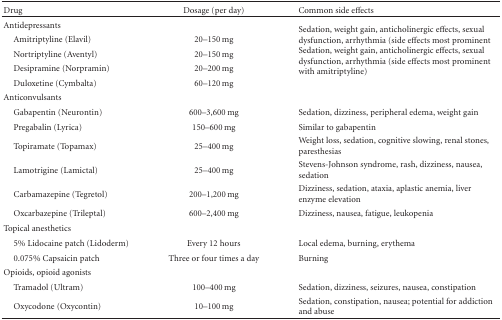
| Drug | Dosage (per day) | Common side effects |
 | --- | --- | --- |
 | Antidepressants |  | <ROWSPAN=5> Sedation, weight gain, anticholinergic effects, sexual dysfunction, arrhythmia (side effects most prominent Sedation, weight gain, anticholinergic effects, sexual dysfunction, arrhythmia (side effects most prominent with amitriptyline) |
 | Amitriptyline (Elavil) | 20–150 mg |
 | Nortriptyline (Aventyl) | 20–150 mg |
 | Desipramine (Norpramin) | 20–200 mg |
 | Duloxetine (Cymbalta) | 60–120 mg |
 | Anticonvulsants |  |  |
 | Gabapentin (Neurontin) | 600–3,600 mg | Sedation, dizziness, peripheral edema, weight gain |
 | Pregabalin (Lyrica) | 150–600 mg | Similar to gabapentin |
 | Topiramate (Topamax) | 25–400 mg | Weight loss, sedation, cognitive slowing, renal stones, paresthesias |
 | Lamotrigine (Lamictal) | 25–400 mg | Stevens-Johnson syndrome, rash, dizziness, nausea, sedation |
 | Carbamazepine (Tegretol) | 200–1,200 mg | Dizziness, sedation, ataxia, aplastic anemia, liver enzyme elevation |
 | Oxcarbazepine (Trileptal) | 600–2,400 mg | Dizziness, nausea, fatigue, leukopenia |
 | Topical anesthetics |  |  |
 | 5% Lidocaine patch (Lidoderm) | Every 12 hours | Local edema, burning, erythema |
 | 0.075% Capsaicin patch | Three or four times a day | Burning |
 | Opioids, opioid agonists |  |  |
 | Tramadol (Ultram) | 100–400 mg | Sedation, dizziness, seizures, nausea, constipation |
 | Oxycodone (Oxycontin) | 10–100 mg | Sedation, constipation, nausea; potential for addiction and abuse |